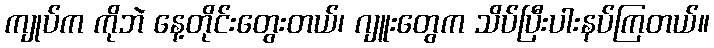
ကျုပ်က ကိုဘဲ နေ့တိုင်းတွေးတယ်၊ ဂျူးတွေက သိပ်ပြီးပါးနပ်ကြတယ်။